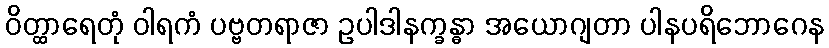
ဝိတ္ထာရေတုံ ဝါရကံ ပဗ္ဗတရာဇာ ဥပါဒါနက္ခန္ဓာ အယောဂျတာ ပါနပရိဘောဂေန